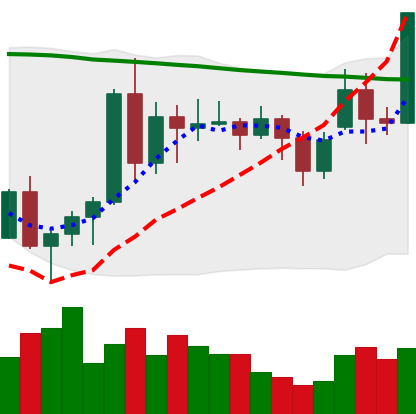
Ticker: ADA-USD
Chart end date: 2020-11-20
Forward return: 31.242%
Label: up_7plus